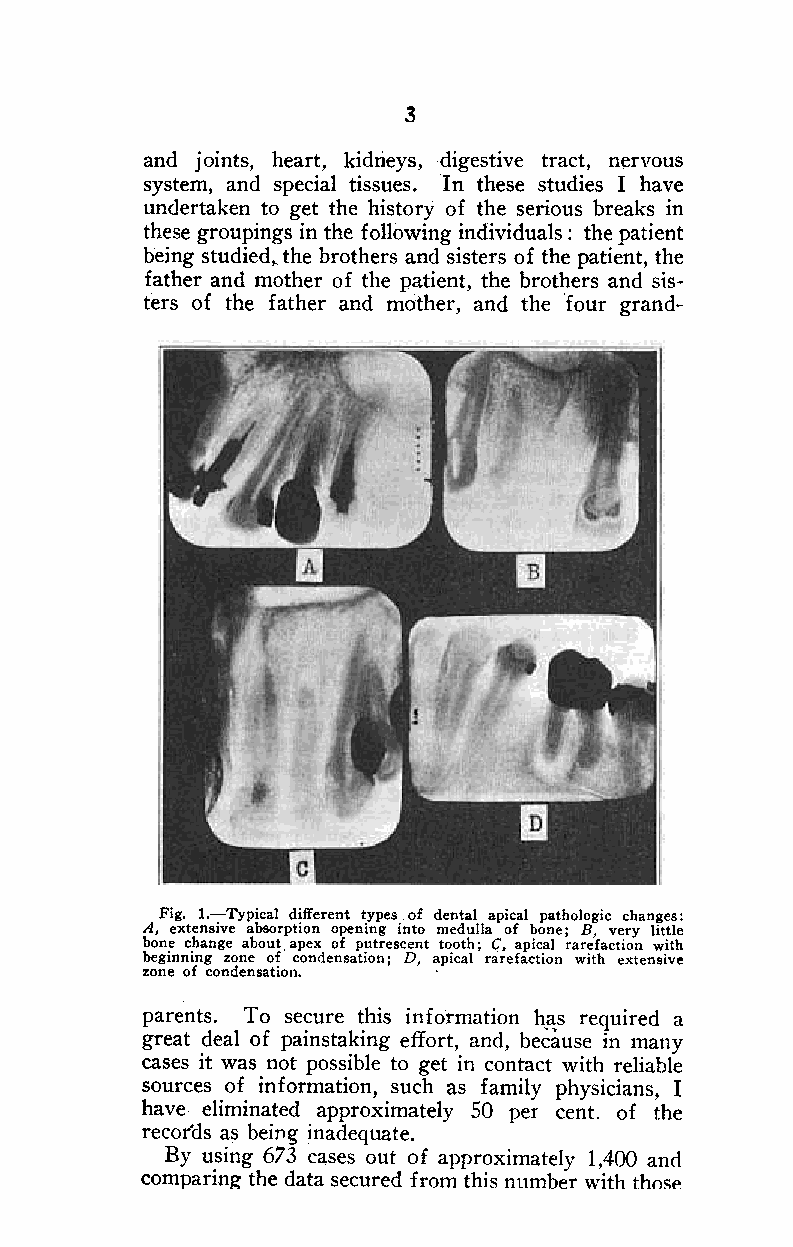
3
 and joints, heart, kidrieys, digestive tract, nervous
 system, and special tissues. In these studies I have
 undertaken to get the history of the serious breaks in
 these groupings in the following individuals: the patient
 being studied" the brothers and sisters of the patient, the
 father and mother of the patient, the brothers and sis-
 ters of the father and mother, and the tour grand-
 Fig. 1.-Typical different types of dental apical pathologic changes:
 A, extensive absorption opening into medulla of bone; B, very little
 bone change about apex of putrescent tooth; C, apical rarefaction with
 beginning zone of condensation; D, apical rarefaction with extensive
 zone of condensation.
 parents. To secure this information h,a,s required a
 great deal of painstaking effort, and, because in many
 cases it was not possible to get in contact with reliable
 sources of information, such as family physicians, I
 have eliminated approximately 50 per cent. of the
 records as bei!1g inadequate.
 By using 673 cases out of approximately 1,400 and
 comparin? the data secured from this number with th()sp